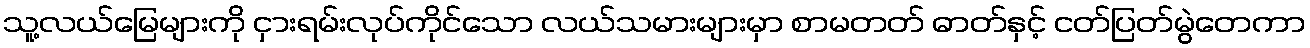
သူ့လယ်မြေများကို ငှားရမ်းလုပ်ကိုင်သော လယ်သမားများမှာ စာမတတ် ဓာတ်နှင့် ငတ်ပြတ်မွဲတေကာ